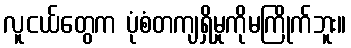
လူငယ်တွေက ပုံစံတကျရှိမှုကိုမကြိုက်ဘူး။